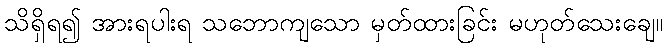
သိရှိရ၍ အားရပါးရ သဘောကျသော မှတ်ထားခြင်း မဟုတ်သေးချေ။